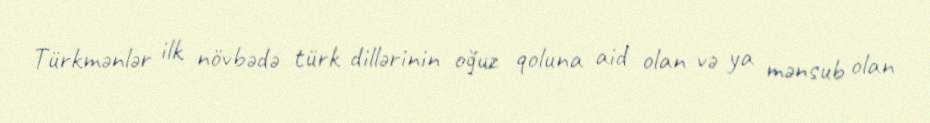
Türkmənlər ilk növbədə türk dillərinin oğuz qoluna aid olan və ya mənsub olan